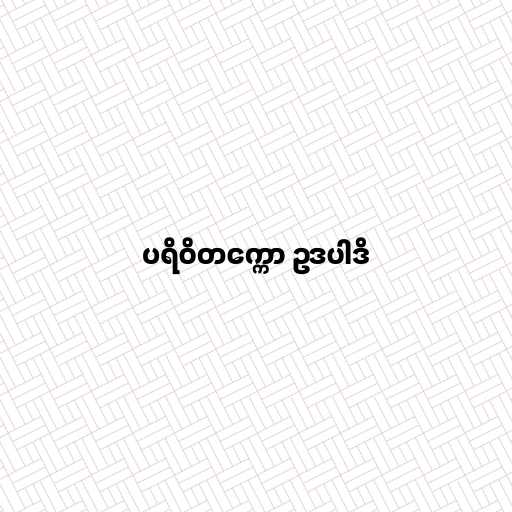
ပရိဝိတက္ကော ဥဒပါဒိ